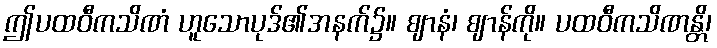
ဤပထဝီကသိဏံ ဟူသောပုဒ်၏အနက်၌။ ဈာနံ၊ ဈာန်ကို။ ပထဝီကသိဏန္တိ၊